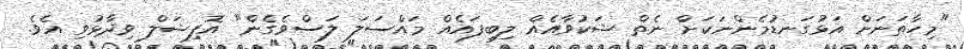
"މިހާތަނަށް އަޅުގަނޑުމެންނަކަށް ނެތް ޝަކުވާއެއް ލިބިފައެއް މައްސަލަ ލަސްވެގެން" އޮފިޝަލް ވިދާޅުވި އެވެ.